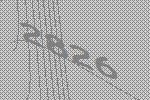
2826